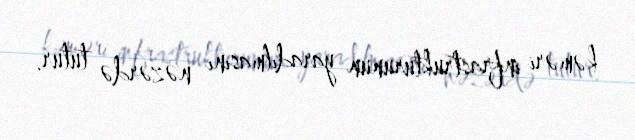
kəməri infrastrukturunun yaradılmasını nəzərdə tutur.